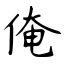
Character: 俺